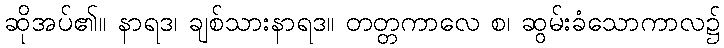
ဆိုအပ်၏။ နာရဒ၊ ချစ်သားနာရဒ။ တတ္တကာလေ စ၊ ဆွမ်းခံသောကာလ၌